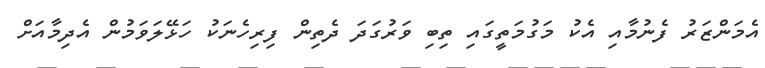
އެމަންޒަރު ފެނުމާއި އެކު މަގުމަތީގައި ތިބި ވަރުގަދަ ދެތިން ފިރިހެނަކު ހަޅޭލަވަމުން އެދިމާއަށް